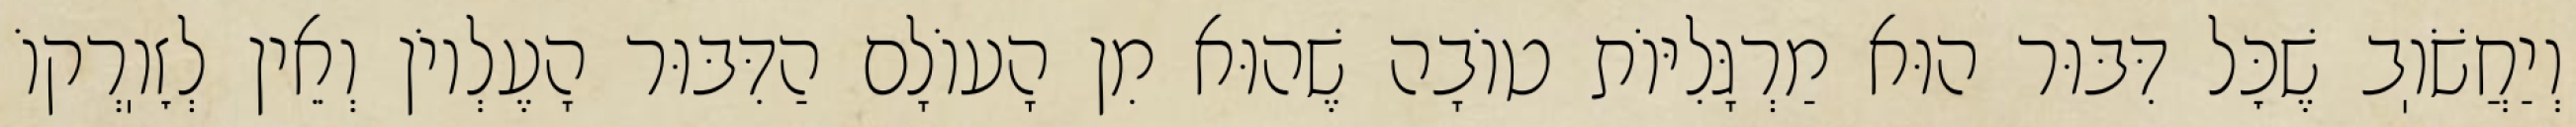
וְיַחֲשֹׁוֽב שֶׁכׇּל דִּבּוּר הוּא מַרְגָּלִיּוֹת טוֹבָה שֶׁהוּא מִן הָעוֹלָם הַדִּבּוּר הָעֶלְיוֹן וְאֵין לְזׇוֽרְקוֹ